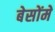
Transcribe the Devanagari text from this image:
बेसोंमें